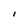
Character: 1